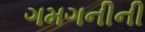
ગમગનીની